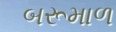
બરૂમાળ